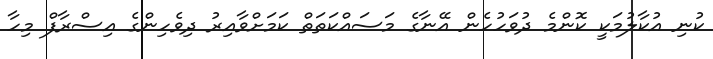
ކުނި އުކާލުމަކީ ކޮންމެ ދުވަހުހެން އޭނާގެ މަސައްކަތަތް ކަމަށްވާއިރު ދިވެހިންގެ އިސްރާފް މިހާ